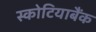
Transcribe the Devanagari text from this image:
स्कोटियाबैंक